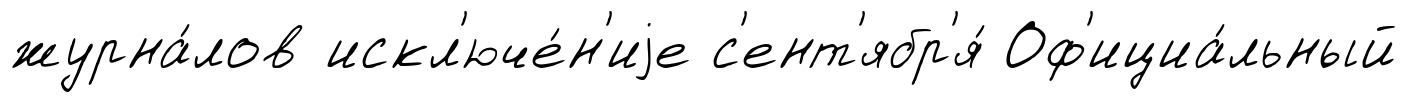
журна́лов искл'юче́н'иjе с'ент'ябр'я́ Оф'ициа́льный